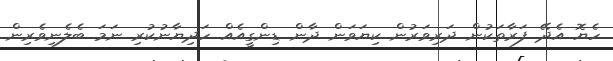
ހެޔޮ އެދޭ ފަރާތަކުން ދަރިވަރުން ކިޔަވަން ދާން ޑިންގީއެއް ހަދިޔާނުކުރި ނަމަ ބެލެނިވެރިން